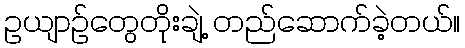
ဥယျာဉ်တွေတိုးချဲ့ တည်ဆောက်ခဲ့တယ်။